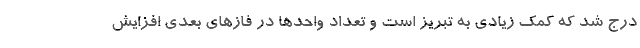
درج شد که کمک زیادی به تبریز است و تعداد واحدها در فازهای بعدی افزایش